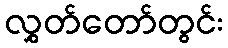
လွှတ်တော်တွင်း